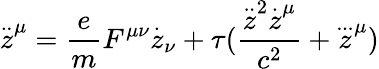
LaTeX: \stackrel{..}{z}^{\mu}=\frac{e}{m}F^{\mu\nu}\stackrel{.}{z}_{\nu}+\tau(\frac{\stackrel{..}{z}^{2}\stackrel{.}{z}^{\mu}}{c^{2}}+\stackrel{...}{z}^{\mu})